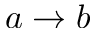
a \to b